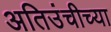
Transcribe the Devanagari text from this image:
अतिउंचीच्या